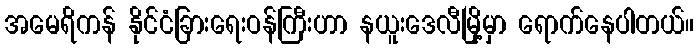
အမေရိကန် နိုင်ငံခြားရေးဝန်ကြီးဟာ နယူးဒေလီမြို့မှာ ရောက်နေပါတယ်။